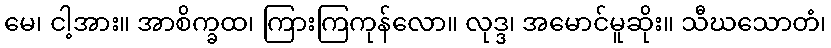
မေ၊ ငါ့အား။ အာစိက္ခထ၊ ကြားကြကုန်လော။ လုဒ္ဒ၊ အမောင်မူဆိုး။ သီဃသောတံ၊